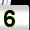
Digit: 5